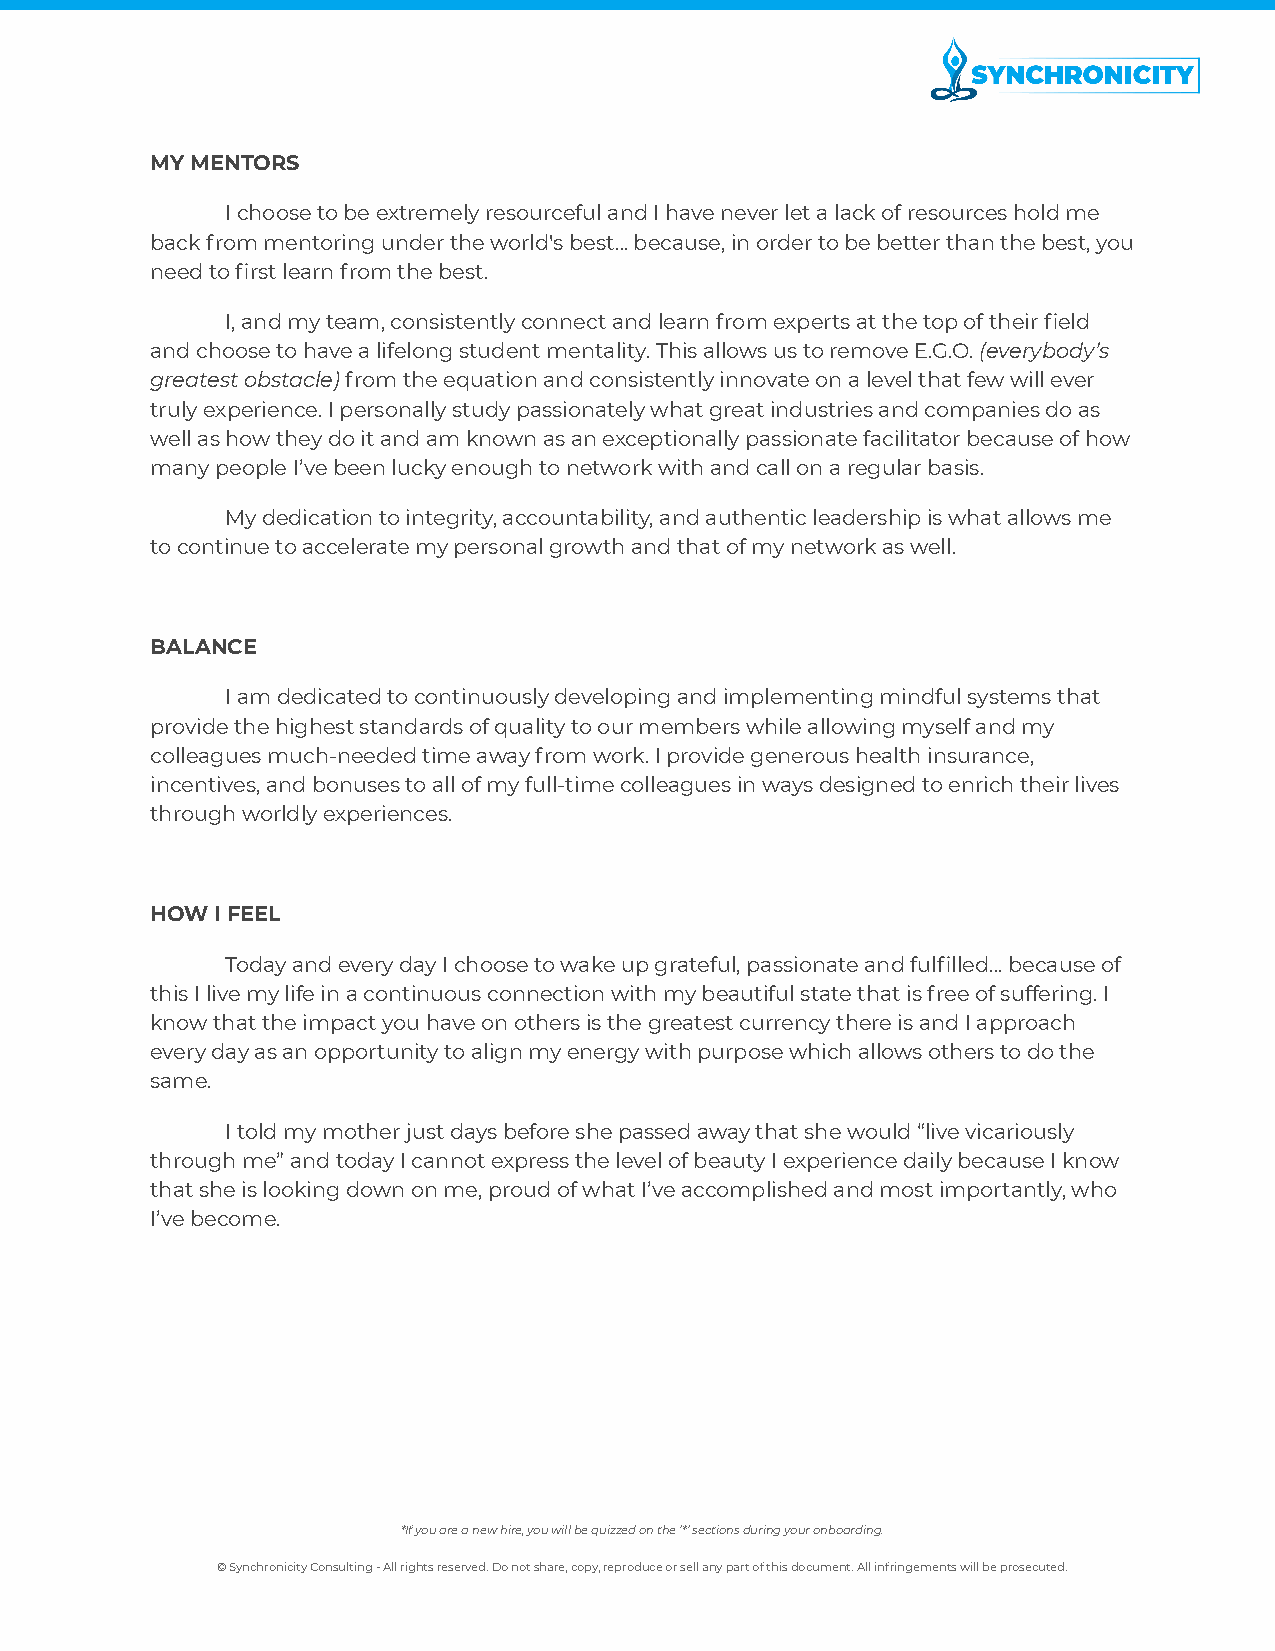
MY MENTORS
 I choose to be extremely resourceful and I have neverlet a lack of resources hold me
 back from mentoring under the world's best… because, in order to be better than the best, you
 need to first learn from the best.
 I, and my team, consistently connect and learn from experts at the top of their field
 and choose to have a lifelong student mentality. This allows us to remove E.G.O.(everybody’s
 greatest obstacle)from the equation and consistentlyinnovate on a level that few will ever
 truly experience. I personally study passionately what great industries and companies do as
 well as how they do it and am known as an exceptionally passionate facilitator because of how
 many people I’ve been lucky enough to network with and call on a regular basis.
 My dedication to integrity, accountability, and authentic leadership is what allows me
 to continue to accelerate my personal growth and that of my network as well.
 BALANCE
 I am dedicated to continuously developing and implementing mindful systems that
 provide the highest standards of quality to our members while allowing myself and my
 colleagues much-needed time away from work. I provide generous health insurance,
 incentives, and bonuses to all of my full-time colleagues in ways designed to enrich their lives
 through worldly experiences.
 HOW I FEEL
 Today and every day I choose to wake up grateful,passionate and fulfilled… because of
 this I live my life in a continuous connection with my beautiful state that is free of suffering. I
 know that the impact you have on others is the greatest currency there is and I approach
 every day as an opportunity to align my energy with purpose which allows others to do the
 same.
 I told my mother just days before she passed away that she would “live vicariously
 through me” and today I cannot express the level of beauty I experience daily because I know
 that she is looking down on me, proud of what I’ve accomplished and most importantly, who
 I’ve become.
 *If you are a new hire, you will be quizzed on the ‘*’ sections during your onboarding.
 © Synchronicity Consulting - All rights reserved. Do not share, copy, reproduce or sell any part of this document. All infringements will be prosecuted.